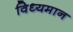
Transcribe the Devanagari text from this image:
विध्‍यमान